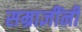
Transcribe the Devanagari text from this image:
सम्राज्ञींनी